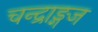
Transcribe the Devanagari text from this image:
चन्द्राङ्गज